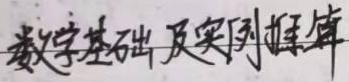
数学基础及实例推算